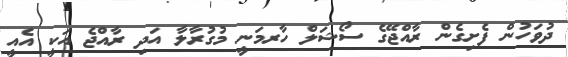
ދުވަހުން ފެށިގެން ރާއްޖޭގެ ސޯޝަލް ހާރމަނީ މުގުރާލާ އަދި ރާއްޖެ އަކީ އެއީ